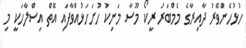
ހުޅުހެންވޭރު ދާއިރާގެ މެމްބަރު ރީކޯ މޫސާ މަނިކު ހުށަހަޅުއްވާފައި އޮތް އިސްލާހަކީ މި